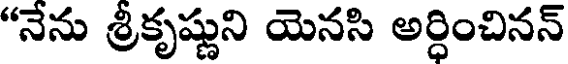
"నేను శ్రీకృష్ణుని యెనసి అర్ధించినన్